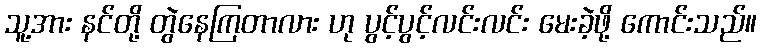
သူ့အား နင်တို့ တွဲနေကြတာလား ဟု ပွင့်ပွင့်လင်းလင်း မေးခဲ့ဖို့ ကောင်းသည်။